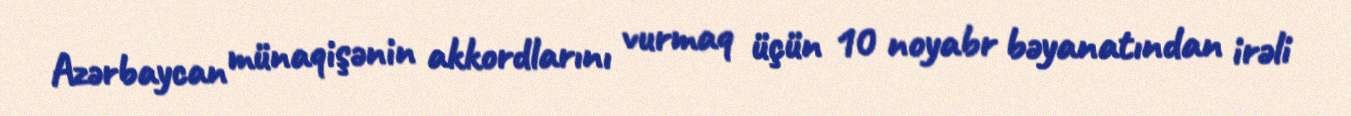
Azərbaycan münaqişənin akkordlarını vurmaq üçün 10 noyabr bəyanatından irəli